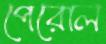
পেরোল